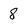
Character: 8